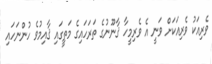
ވެރިއަކު ވެރިއަކަށް ވަނީ އެ ވެރިމީހާ ޤާނޫނުގެ ތަރަހައިގެ މަތީގައި ޤާއިމުވެ ހުންނަހައި